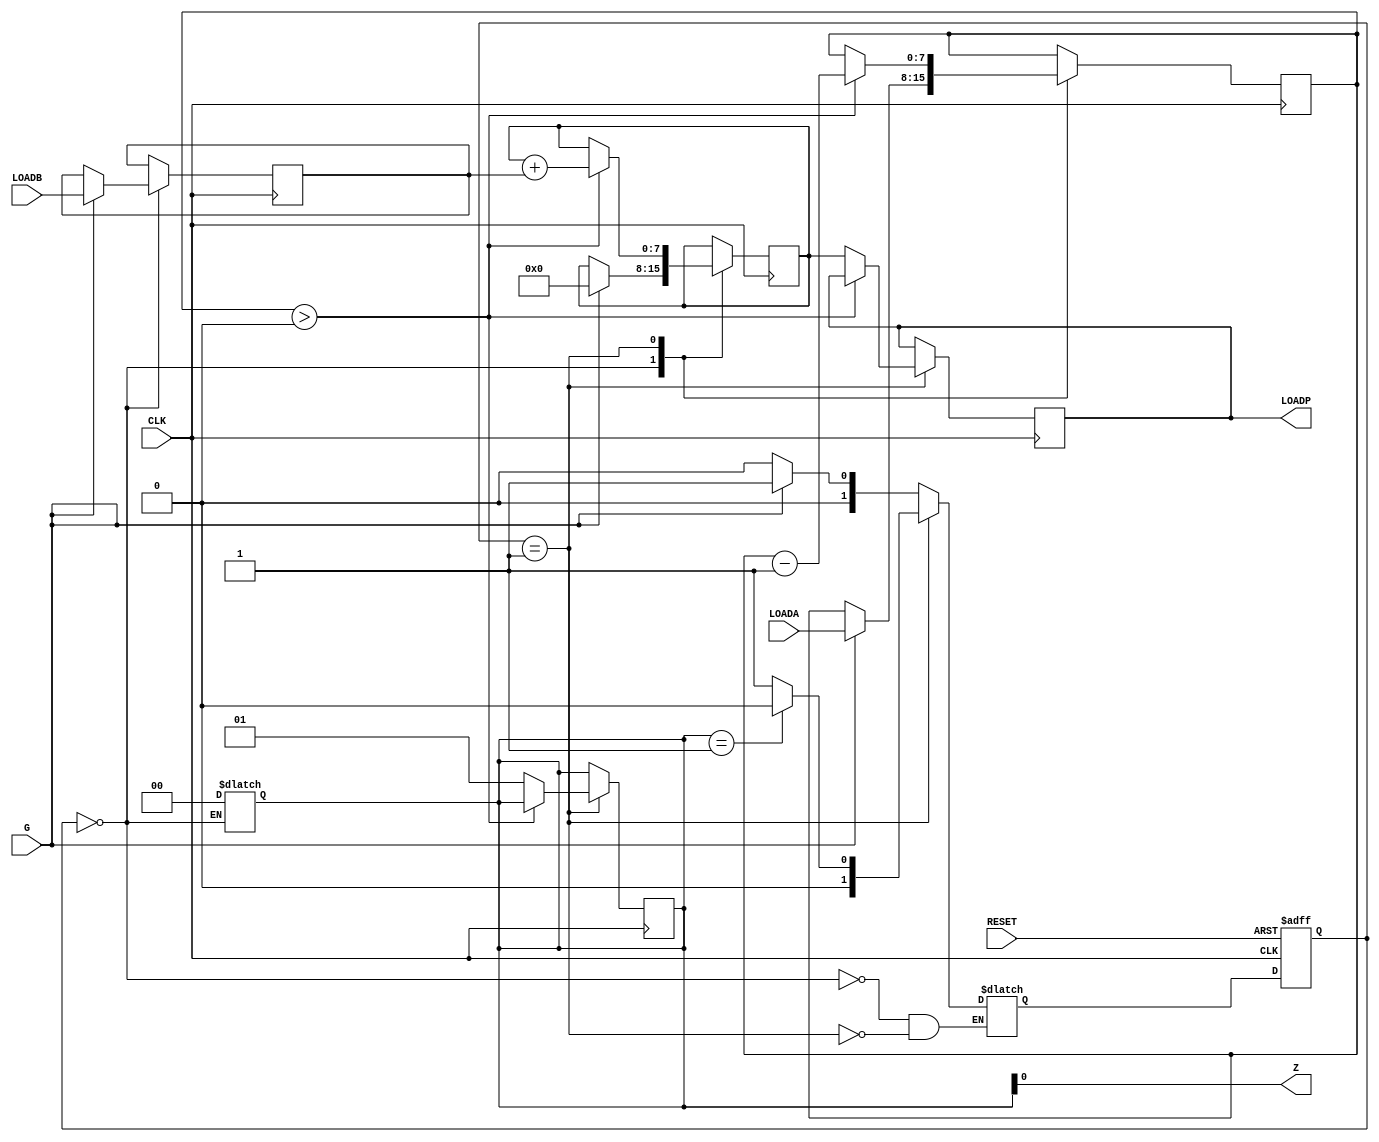
module multiplier (input CLK, input RESET, input G, input [7:0] LOADA, input [7:0] LOADB, 
output [7:0] LOADP, output Z);

    reg [1:0] state;
    reg [1:0] next_state;

    parameter IDLE = 1'b0, MUL = 1'b1;

    reg[7:0] A, B, P, P_aux;
    reg[1:0] z;

        always@ (posedge CLK or posedge RESET)
        begin
            if (RESET == 1)
                state <= IDLE;
            else
                state <= next_state;    
        end

        always@ (G or z or state)
        begin
            case (state)
                IDLE:
                    begin
                        if (G == 1)
                            next_state <= MUL;
                        else 
                            next_state <= IDLE;
                        z <= 0;
                    end
                MUL:
                    if (z == 1)
                        next_state <= IDLE;
                    else
                        next_state <= MUL;
            endcase
        end

        always@ (posedge CLK)
        begin
            case (state)
                IDLE: 
                    if (G == 1)
                        begin
                            A <= LOADA;
                            B <= LOADB;
                            P <= 0;
                        end
                MUL:
                    begin
                        if (A > 0)
                            begin
                                P <= P + B;
                                A <= A - 1;
                            end
                        else
                            begin
                                z <= 1;
                                P_aux <= P;
                            end
                    end
            endcase
        end
    
    assign LOADP = P_aux;
    assign Z = z;

endmodule